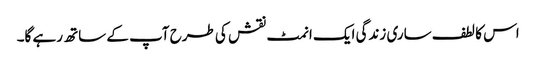
اس کا لطف ساری زندگی ایک انمٹ نقش کی طرح آپ کے ساتھ رہے گا۔